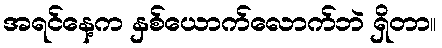
အရင်နေ့က နှစ်ယောက်လောက်ဘဲ ရှိတာ။